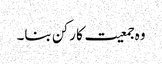
وہ جمعیت کا رکن بنا۔